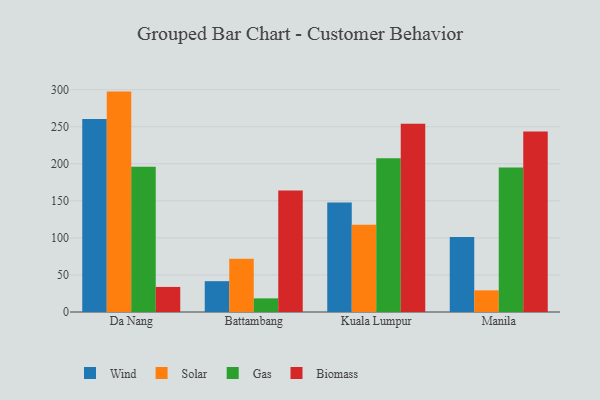
{"axis": {"x": "City", "y": "Bounce Rate (%)"}, "legend": ["Biomass", "Gas", "Solar", "Wind"], "data": [{"x": "Da Nang", "y": 260.4, "type": "Wind"}, {"x": "Da Nang", "y": 297.4, "type": "Solar"}, {"x": "Da Nang", "y": 196.1, "type": "Gas"}, {"x": "Da Nang", "y": 33.8, "type": "Biomass"}, {"x": "Battambang", "y": 41.6, "type": "Wind"}, {"x": "Battambang", "y": 71.7, "type": "Solar"}, {"x": "Battambang", "y": 18.4, "type": "Gas"}, {"x": "Battambang", "y": 163.8, "type": "Biomass"}, {"x": "Kuala Lumpur", "y": 147.8, "type": "Wind"}, {"x": "Kuala Lumpur", "y": 117.7, "type": "Solar"}, {"x": "Kuala Lumpur", "y": 207.5, "type": "Gas"}, {"x": "Kuala Lumpur", "y": 254.0, "type": "Biomass"}, {"x": "Manila", "y": 101.3, "type": "Wind"}, {"x": "Manila", "y": 29.2, "type": "Solar"}, {"x": "Manila", "y": 195.0, "type": "Gas"}, {"x": "Manila", "y": 243.7, "type": "Biomass"}]}